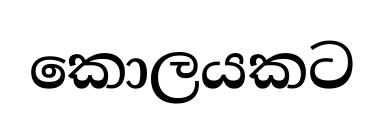
කොලයකට